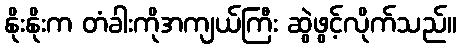
နိုးနိုးက တံခါးကိုအကျယ်ကြီး ဆွဲဖွင့်လိုက်သည်။